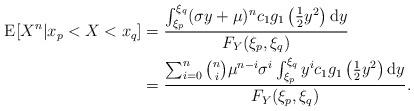
LaTeX: \begin{align*} \mathrm{E}[X^{n}|x_{p}<X<x_{q}]&=\frac{\int_{\xi_{p}}^{\xi_{q}}(\sigma y+\mu)^{n}c_{1}g_{1}\left(\frac{1}{2}y^{2}\right)\mathrm{d}y}{F_{Y}(\xi_{p},\xi_{q})}\\ &=\frac{\sum_{i=0}^{n}\binom{n}{i}\mu^{n-i}\sigma^{i}\int_{\xi_{p}}^{\xi_{q}} y^{i}c_{1}g_{1}\left(\frac{1}{2}y^{2}\right)\mathrm{d}y}{F_{Y}(\xi_{p},\xi_{q})}.\end{align*}